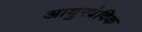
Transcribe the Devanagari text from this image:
आयुरवेदिक